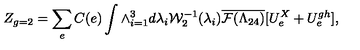
Z _ { g = 2 } = \sum _ { e } C ( e ) \int \wedge _ { i = 1 } ^ { 3 } d \lambda _ { i } { \cal W } _ { 2 } ^ { - 1 } ( \lambda _ { i } ) \overline { { { \cal F } ( \Lambda _ { 2 4 } ) } } [ U _ { e } ^ { X } + U _ { e } ^ { g h } ] ,